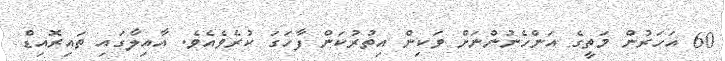
60 އަހަރުން މަތީގެ އަންހެނުންނަށް ވަކިން އިތުރުކަން ފާހަގަ ކުރެވެއެވެ. އާއިލާގައި ތައިރޮއިޑް